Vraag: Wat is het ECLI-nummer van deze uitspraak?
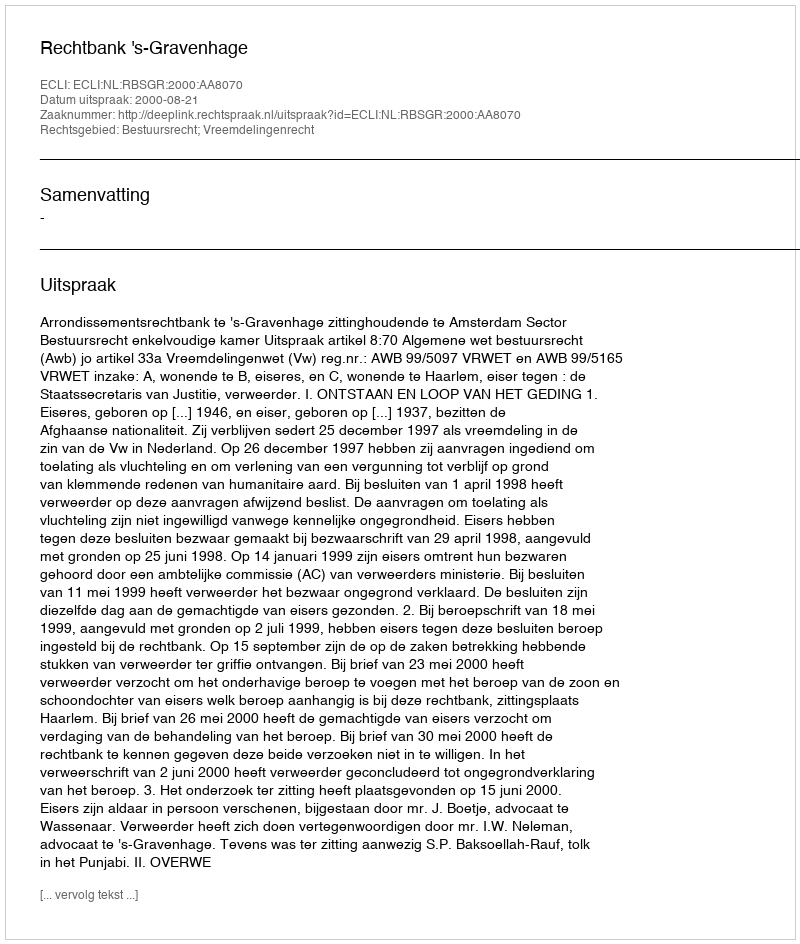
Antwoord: ECLI:NL:RBSGR:2000:AA8070